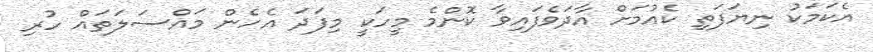
އެކަމަކު ނިޔަފަތި ކެއުމަށް އާދަވެފައިވާ ކޮންމެ މީހަކީ މިފަދަ އެހެން މައްސަލަތައް ހުރި